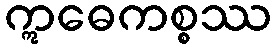
ဣဓေကစ္စဿ